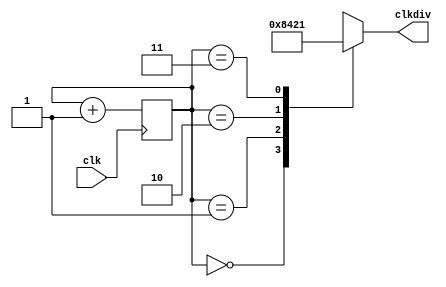
module test194(
    input wire clk,
        output reg [3:0] clkdiv
    );
    
    always #10 clk <= ~clk;
    
            
         reg [1:0] s=0;
    
        always @(posedge clk)
        begin
                s <= s + 1;
                
        end
        
        always @(*)
        begin
            case(s)
                0: clkdiv <= 4'b1000;
                1: clkdiv <= 4'b0100;
                2: clkdiv <= 4'b0010;
                3: clkdiv <= 4'b0001;
                default: clkdiv <= 4'b0000;
            endcase
        end

endmodule